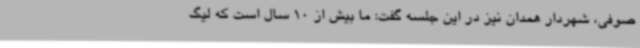
صوفی، شهردار همدان نیز در این جلسه گفت: ما بیش از 10 سال است که لیگ